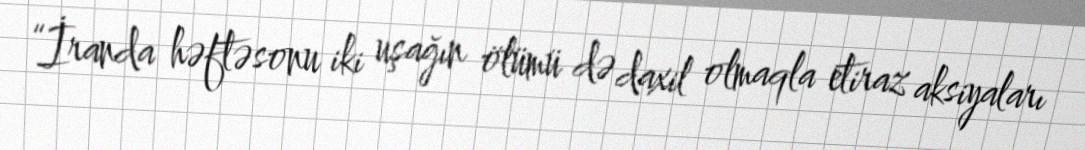
“İranda həftəsonu iki uşağın ölümü də daxil olmaqla etiraz aksiyaları